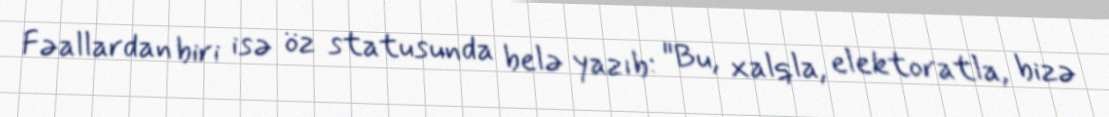
Fəallardan biri isə öz statusunda belə yazıb: "Bu, xalqla, elektoratla, bizə